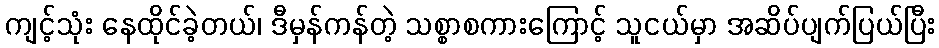
ကျင့်သုံး နေထိုင်ခဲ့တယ်၊ ဒီမှန်ကန်တဲ့ သစ္စာစကားကြောင့် သူငယ်မှာ အဆိပ်ပျက်ပြယ်ပြီး